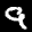
Label: 9